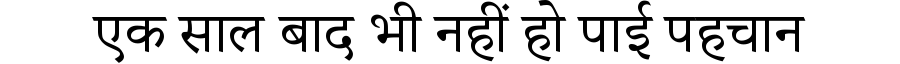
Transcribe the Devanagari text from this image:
एक साल बाद भी नहीं हो पाई पहचान